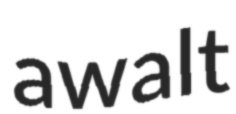
awalt